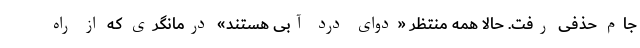
جام حذفی رفت. حالا همه منتظر «دوای درد آبی هستند» درمانگری که از راه